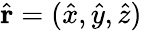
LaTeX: \hat{\mathbf r}=(\hat{x},\hat{y},\hat{z})